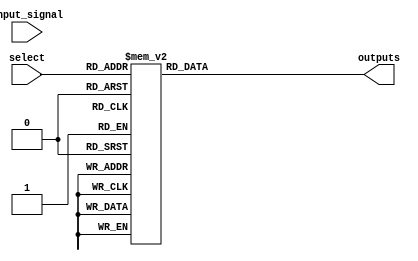
module demux_1_to_8 (
  input wire [2:0] select,
  input wire input_signal,
  output reg [7:0] outputs
);

always @(*) begin
  case (select)
    3'd0: outputs <= 8'b00000001;
    3'd1: outputs <= 8'b00000010;
    3'd2: outputs <= 8'b00000100;
    3'd3: outputs <= 8'b00001000;
    3'd4: outputs <= 8'b00010000;
    3'd5: outputs <= 8'b00100000;
    3'd6: outputs <= 8'b01000000;
    3'd7: outputs <= 8'b10000000;
    default: outputs <= 8'b00000000;
  endcase
end

endmodule